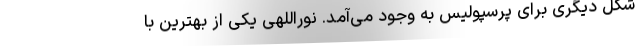
شکل دیگری برای پرسپولیس به وجود می‌آمد. نوراللهی یکی از بهترین با